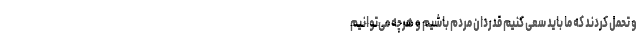
و تحمل کردند که ما باید سعی کنیم قدردان مردم باشیم و هرچه می‌توانیم